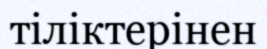
тіліктерінен